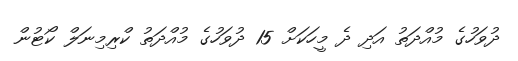
ދުވަހުގެ މުއްދަތު އަދި ދެ މީހަކަށް 15 ދުވަހުގެ މުއްދަތު ކްރިމިނަލް ކޯޓުން